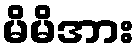
မိမိအား